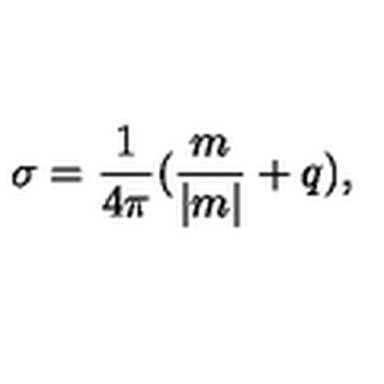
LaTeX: \sigma = \frac 1 { 4 \pi } ( \frac m { | m | } + q ) ,